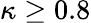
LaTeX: \kappa\geq 0.8